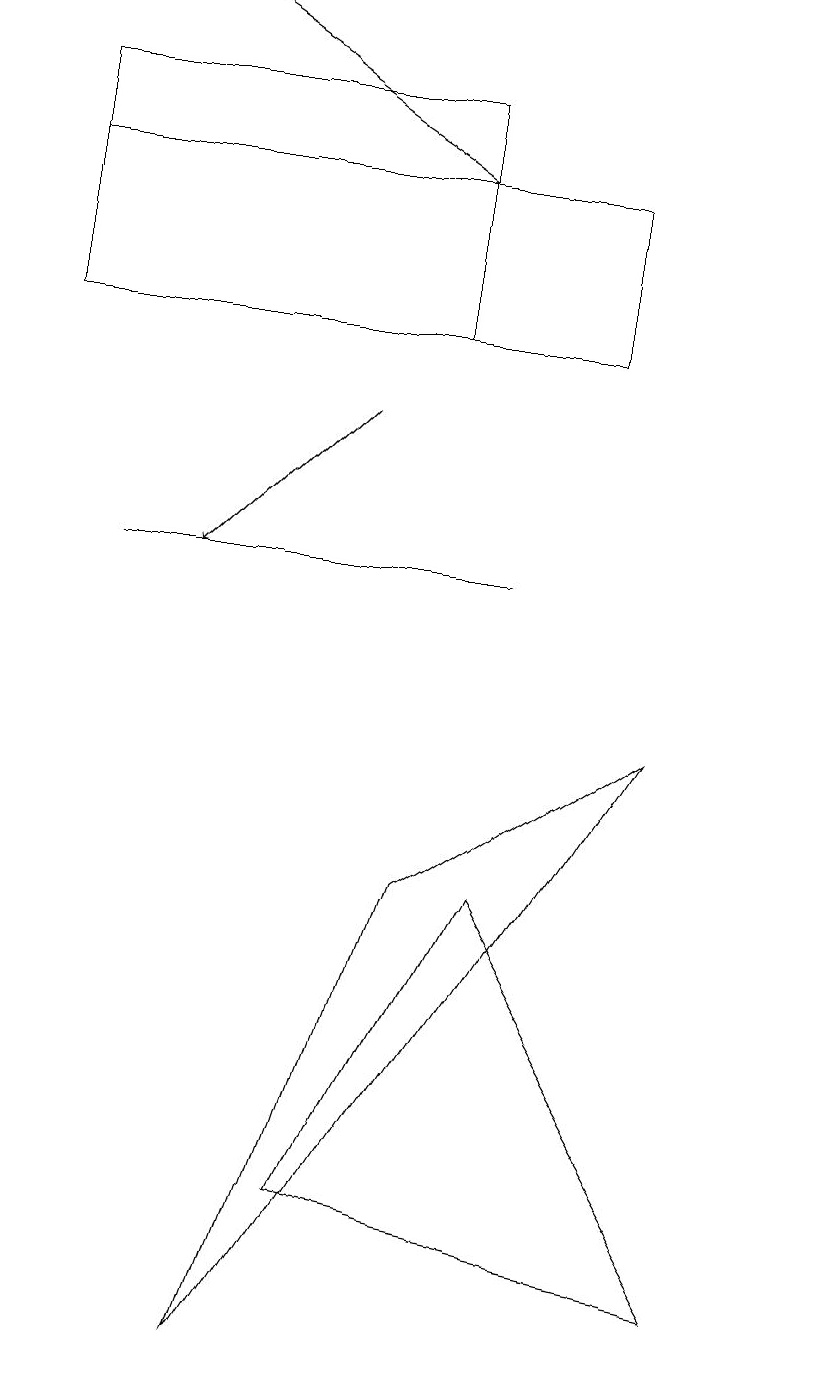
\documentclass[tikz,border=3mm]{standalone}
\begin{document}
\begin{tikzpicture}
\draw (10,11) circle (0);
\draw (8,8) -- (3,0) -- (5,6) -- cycle;
\draw[->] (5,15) -- (2,17);
\draw (0,13) rectangle (5,16);
\draw[->] (4,12) -- (2,10);
\draw (6,10) rectangle (1,10);
\draw (9,1) -- (6,6) -- (4,2) -- cycle;
\draw (7,15) rectangle (0,13);
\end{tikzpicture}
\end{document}